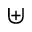
\uplus